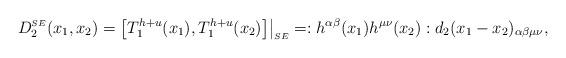
LaTeX: \begin{align*}D_{2}^{\scriptscriptstyle SE}(x_{1},x_{2})=\bigl[ T_{1}^{h+u}(x_{1}), T_{1}^{h+u}(x_{2})\bigr]\bigr|_{\scriptscriptstyle SE}=:h^{\alpha\beta}(x_{1})h^{\mu\nu}(x_{2}):d_{2}(x_{1}-x_{2})_{\alpha\beta\mu\nu},\end{align*}